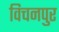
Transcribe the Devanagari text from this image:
विचनपुर